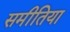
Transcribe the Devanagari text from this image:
समीतिया